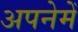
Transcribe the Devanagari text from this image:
अपनेमेँ